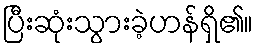
ပြီးဆုံးသွားခဲ့ဟန်ရှိ၏။